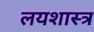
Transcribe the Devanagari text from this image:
लयशास्त्र